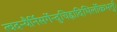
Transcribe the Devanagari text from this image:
त्वदन्यैर्निसर्गेन्दुचिह्नादिभिर्लोकभर्तुः